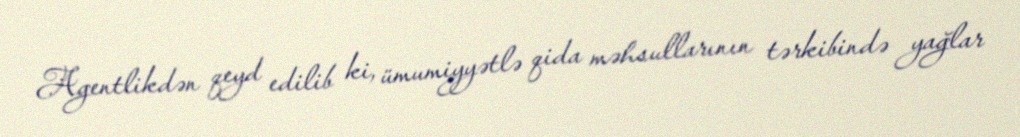
Agentlikdən qeyd edilib ki, ümumiyyətlə qida məhsullarının tərkibində yağlar